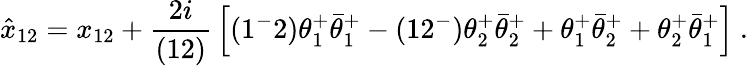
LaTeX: \hat{x}_{12}=x_{12}+{\frac{2i}{(12)}}\left[(1^{-}2)\theta_{1}^{+}\bar{\theta}_{1}^{+}-(12^{-})\theta_{2}^{+}\bar{\theta}_{2}^{+}+\theta_{1}^{+}\bar{\theta}_{2}^{+}+\theta_{2}^{+}\bar{\theta}_{1}^{+}\right]\ .